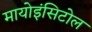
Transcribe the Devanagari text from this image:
मायोइंसिटोल